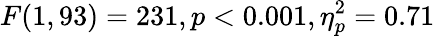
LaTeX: F(1,93)=231,p<0.001,\eta_{p}^{2}=0.71